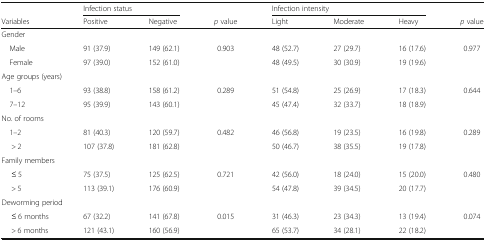
<table><thead><tr><td></td><td colspan="2"><b>Infection status</b></td><td></td><td colspan="3"><b>Infection intensity</b></td><td></td></tr><tr><td><b>Variables</b></td><td><b>Positive</b></td><td><b>Negative</b></td><td><b><i>p</i> value</b></td><td><b>Light</b></td><td><b>Moderate</b></td><td><b>Heavy</b></td><td><b><i>p</i> value</b></td></tr></thead><tbody><tr><td colspan="8">Gender</td></tr><tr><td> Male</td><td>91 (37.9)</td><td>149 (62.1)</td><td>0.903</td><td>48 (52.7)</td><td>27 (29.7)</td><td>16 (17.6)</td><td>0.977</td></tr><tr><td> Female</td><td>97 (39.0)</td><td>152 (61.0)</td><td></td><td>48 (49.5)</td><td>30 (30.9)</td><td>19 (19.6)</td><td></td></tr><tr><td colspan="8">Age groups (years)</td></tr><tr><td> 1–6</td><td>93 (38.8)</td><td>158 (61.2)</td><td>0.289</td><td>51 (54.8)</td><td>25 (26.9)</td><td>17 (18.3)</td><td>0.644</td></tr><tr><td> 7–12</td><td>95 (39.9)</td><td>143 (60.1)</td><td></td><td>45 (47.4)</td><td>32 (33.7)</td><td>18 (18.9)</td><td></td></tr><tr><td colspan="8">No. of rooms</td></tr><tr><td> 1–2</td><td>81 (40.3)</td><td>120 (59.7)</td><td>0.482</td><td>46 (56.8)</td><td>19 (23.5)</td><td>16 (19.8)</td><td>0.289</td></tr><tr><td>&gt; 2</td><td>107 (37.8)</td><td>181 (62.8)</td><td></td><td>50 (46.7)</td><td>38 (35.5)</td><td>19 (17.8)</td><td></td></tr><tr><td colspan="8">Family members</td></tr><tr><td>≤ 5</td><td>75 (37.5)</td><td>125 (62.5)</td><td>0.721</td><td>42 (56.0)</td><td>18 (24.0)</td><td>15 (20.0)</td><td>0.480</td></tr><tr><td>&gt; 5</td><td>113 (39.1)</td><td>176 (60.9)</td><td></td><td>54 (47.8)</td><td>39 (34.5)</td><td>20 (17.7)</td><td></td></tr><tr><td colspan="8">Deworming period</td></tr><tr><td>≤ 6 months</td><td>67 (32.2)</td><td>141 (67.8)</td><td>0.015</td><td>31 (46.3)</td><td>23 (34.3)</td><td>13 (19.4)</td><td>0.074</td></tr><tr><td>&gt; 6 months</td><td>121 (43.1)</td><td>160 (56.9)</td><td></td><td>65 (53.7)</td><td>34 (28.1)</td><td>22 (18.2)</td><td></td></tr></tbody></table>